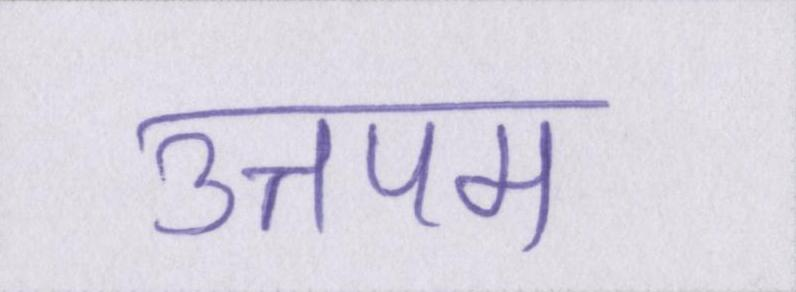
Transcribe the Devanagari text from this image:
उत्तपम